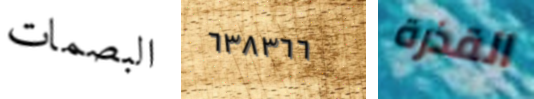
البصمات ٦٣٨٣٦٦ القذرة